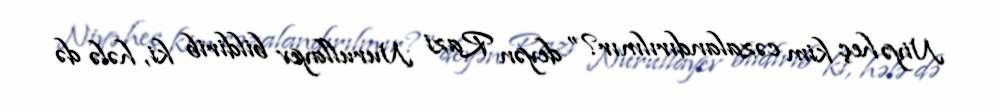
Niyə heç kim cəzalandırılmır?” deyən Razi Nurullayev bildirib ki, hələ də